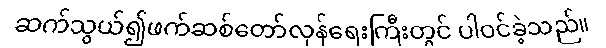
ဆက်သွယ်၍ဖက်ဆစ်တော်လှန်ရေးကြီးတွင် ပါဝင်ခဲ့သည်။